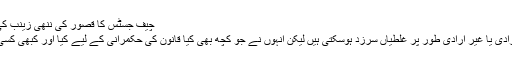
چیف جسٹس کا قصور کی ننھی زینب کی زندگی پر بننے والی فلم سے متعلق نوٹس
ان کامزید کہنا تھا کہ ہوسکتا ہے ان سے ارادی یا غیر ارادی طور پر غلطیاں سرزد ہوسکتی ہیں لیکن انہوں نے جو کچھ بھی کیا قانون کی حکمرانی کے لیے کیا اور کبھی کسی کی بے عزتی کرنے کی کوشش نہیں کی۔